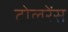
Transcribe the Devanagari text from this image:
टोलरेंस